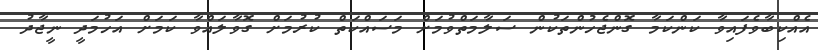
އެއްކިބާވެފައިވާ ކަންކަމާ ގޮންޖެހުންތަކުން ސަލާމަތްވުމަށް މަސައްކަތް ކުރުމަށް ގޮވާލައްވާ ކަމަށް އަހުމަދީ ނީޖާދު